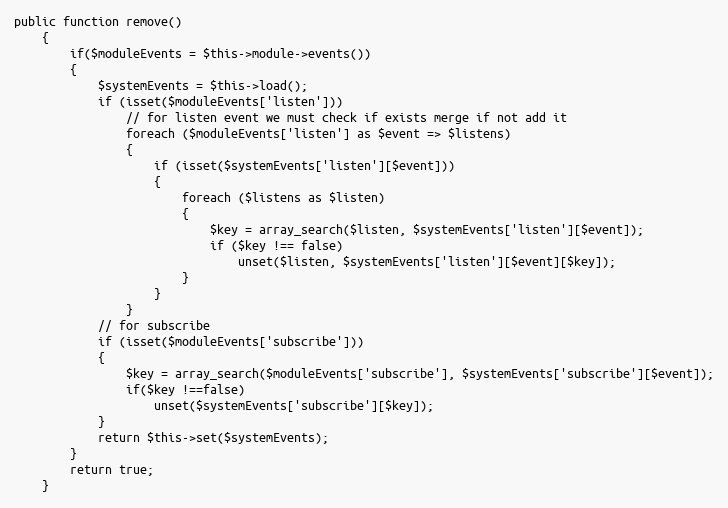
Language: PHP
public function remove()
    {
        if($moduleEvents = $this->module->events())
        {
            $systemEvents = $this->load();
            if (isset($moduleEvents['listen']))
                // for listen event we must check if exists merge if not add it
                foreach ($moduleEvents['listen'] as $event => $listens)
                {
                    if (isset($systemEvents['listen'][$event]))
                    {
                        foreach ($listens as $listen)
                        {
                            $key = array_search($listen, $systemEvents['listen'][$event]);
                            if ($key !== false)
                                unset($listen, $systemEvents['listen'][$event][$key]);
                        }
                    }
                }
            // for subscribe
            if (isset($moduleEvents['subscribe']))
            {
                $key = array_search($moduleEvents['subscribe'], $systemEvents['subscribe'][$event]);
                if($key !==false)
                    unset($systemEvents['subscribe'][$key]);
            }
            return $this->set($systemEvents);
        }
        return true;
    }